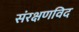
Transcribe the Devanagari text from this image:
संरक्षणविद